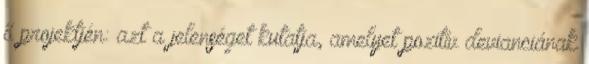
ő projektjén: azt a jelenséget kutatja, amelyet pozitív devianciának